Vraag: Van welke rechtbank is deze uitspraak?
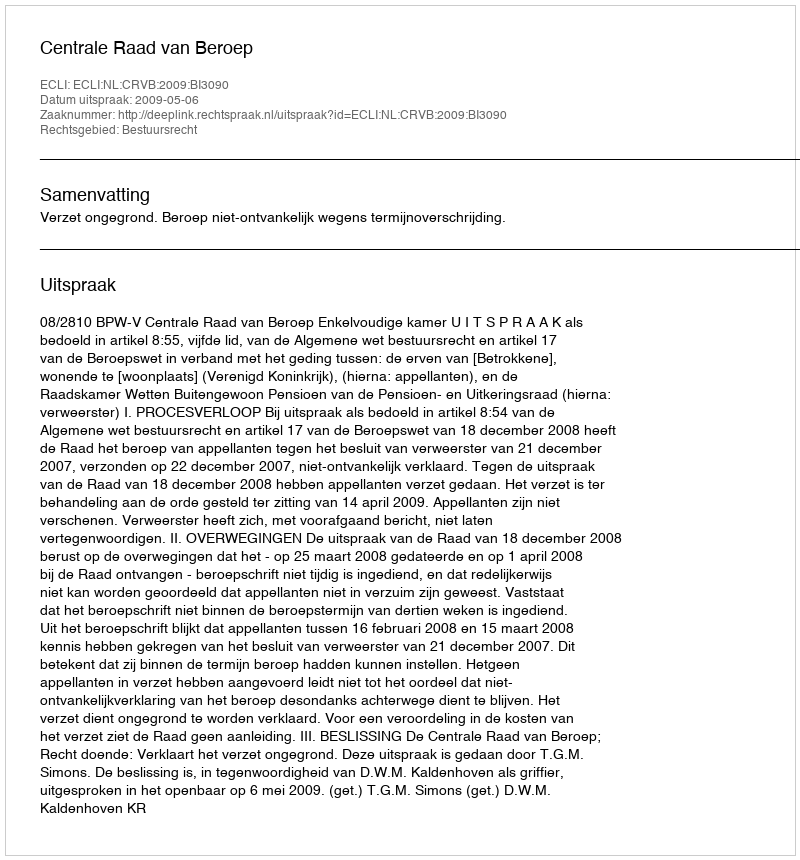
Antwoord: Centrale Raad van Beroep